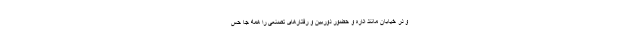
و در خیابان مانند اداره و حضور دوربین و رفتارهای تصنعی را همه جا حس